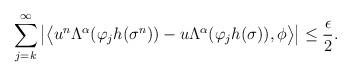
LaTeX: \begin{align*} \sum_{j=k}^\infty \big|\big\langle u^n \Lambda^\alpha (\varphi_j h(\sigma^n)) - u \Lambda^\alpha (\varphi_j h(\sigma)) , \phi \big\rangle \big| \leq \frac{\epsilon}{2} .\end{align*}